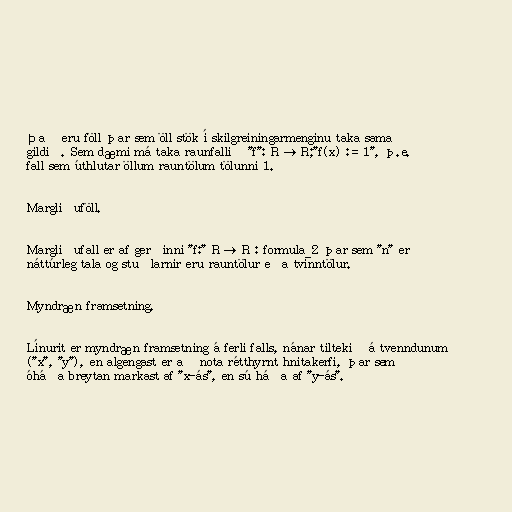
Það eru föll þar sem öll stök í skilgreiningarmenginu taka sama
gildið. Sem dæmi má taka raunfallið "f": R → R;"f(x) := 1", þ.e.
fall sem úthlutar öllum rauntölum tölunni 1.

Margliðuföll.

Margliðufall er af gerðinni "f:" R → R : formula_2 þar sem "n" er
náttúrleg tala og stuðlarnir eru rauntölur eða tvinntölur.

Myndræn framsetning.

Línurit er myndræn framsetning á ferli falls, nánar tiltekið á tvenndunum
("x", "y"), en algengast er að nota rétthyrnt hnitakerfi, þar sem
óháða breytan markast af "x-ás", en sú háða af "y-ás".